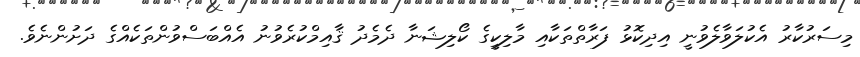
މިސަރުކާރު އެކުލަވާލެވުނީ އިދިކޮޅު ފަރާތްތަކާއި މާލިކީގެ ކޯލިޝަނާ ދެމެދު ޤާއިމްކުރެވުނު އެއްބަސްވުންތަކެއްގެ ދަށުންނެވެ.